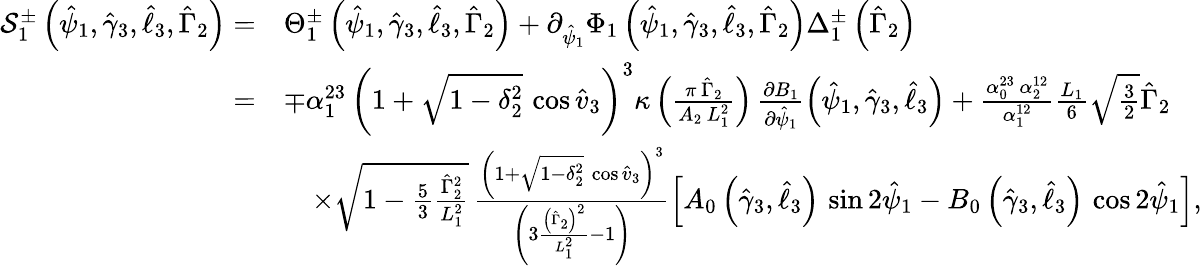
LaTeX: \begin{array}{rl}{\mathcal{S}_{1}^{\pm}\left(\hat{\psi}_{1},\hat{\gamma}_{3},\hat{\ell}_{3},\hat{\Gamma}_{2}\right)=}&{\Theta_{1}^{\pm}\left(\hat{\psi}_{1},\hat{\gamma}_{3},\hat{\ell}_{3},\hat{\Gamma}_{2}\right)+\partial_{\hat{\psi}_{1}}\Phi_{1}\left(\hat{\psi}_{1},\hat{\gamma}_{3},\hat{\ell}_{3},\hat{\Gamma}_{2}\right)\Delta_{1}^{\pm}\left(\hat{\Gamma}_{2}\right)}\\ {=}&{\mp\alpha_{1}^{23}\, \left(1+\sqrt{1-\delta_{2}^{2}}\, \cos\hat{v}_{3}\right)^{3}\kappa\left(\frac{\pi\, \hat{\Gamma}_{2}}{A_{2}\, L_{1}^{2}}\right)\, \frac{\partial B_{1}}{\partial\hat{\psi}_{1}}\left(\hat{\psi}_{1},\hat{\gamma}_{3},\hat{\ell}_{3}\right)+\frac{\alpha_{0}^{23}\, \alpha_{2}^{12}}{\alpha_{1}^{12}}\frac{L_{1}}{6}\sqrt{\frac{3}{2}}\hat{\Gamma}_{2}}\\ &{\quad\times\sqrt{1-\frac{5}{3}\frac{\hat{\Gamma}_{2}^{2}}{L_{1}^{2}}}\, \frac{\left(1+\sqrt{1-\delta_{2}^{2}}\, \cos\hat{v}_{3}\right)^{3}}{\left(3\frac{\left(\hat{\Gamma}_{2}\right)^{2}}{L_{1}^{2}}-1\right)}\left[A_{0}\left(\hat{\gamma}_{3},\hat{\ell}_{3}\right)\, \sin 2\hat{\psi}_{1}-B_{0}\left(\hat{\gamma}_{3},\hat{\ell}_{3}\right)\, \cos 2\hat{\psi}_{1}\right],}\end{array}